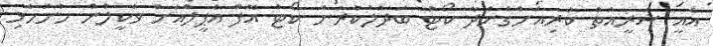
އެއީ ޝަރީއަތް ކުރިއަށްގެންދާ ކޯޓު ބަދަލުކުރަން ކޯޓު އޮފް އެޕީލްއަށް ވަކީލުން ހުށަހެޅި